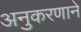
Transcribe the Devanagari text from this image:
अनुकरणाने